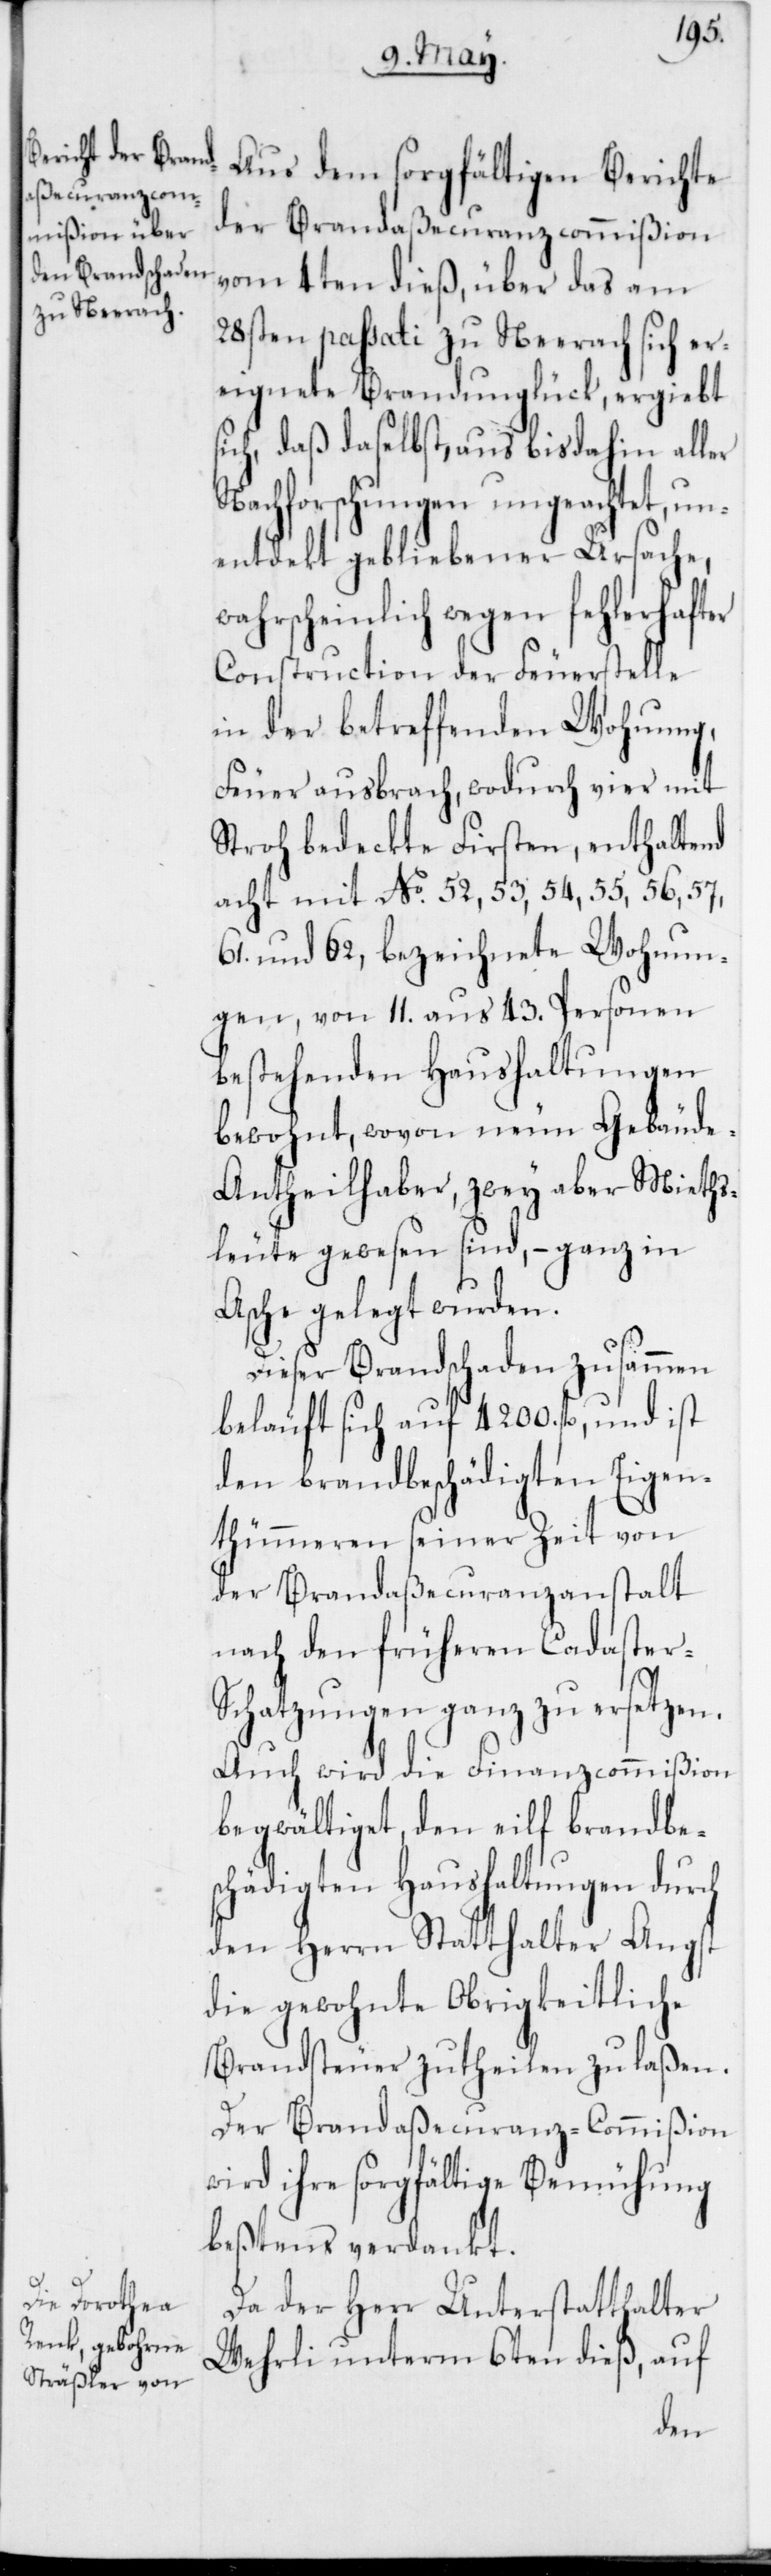
Aus dem sorgfältigen Berichte
der Brandaßecuranzcommißion
vom 4ten dieß, über das am
28sten passati zu Neerach sich er¬
eignete Brandunglück, ergiebt
sich, daß daselbst, aus bis dahin aller
Nachforschungen ungeachtet, un¬
entdeckt gebliebener Ursache,
wahrscheinlich wegen fehlerhafter
Construction der Feuerstelle
in der betreffenden Wohnung,
Feuer ausbrach, wodurch vier mit
Stroh bedeckte Firsten, enthaltend
acht mit No 52, 53, 54, 55, 56, 57,
61. und 62 bezeichnete Wohnun¬
gen, von 11. aus 43. Personen
bestehenden Haushaltungen
bewohnt, wovon neun Gebäude-A¬
ntheilhaber, zwey aber Mieths¬
leute gewesen sind, – ganz in
Asche gelegt wurden.
Dieser Brandschaden zusammen
beläuft sich auf 4200 fl., und ist
den brandbeschädigten Eigen¬
thümmeren seiner Zeit von
der Brandaßecuranzanstalt
nach den früheren Cadaster-S¬
chatzungen ganz zu ersetzen.
Auch wird die Finanzcommißion
begwältiget, den eilf brandbe¬
schädigten Haushaltungen durch
den Herrn Statthalter Angst
die gewohnte Obrigkeitliche
Brandsteuer zutheilen zu laßen.
Der Brandaßecuranz-Commißion
wird ihre sorgfältige Bemühung
beßtens verdankt.
Da der Herr Unterstatthalter
Wehrli unterm 6ten dieß, auf